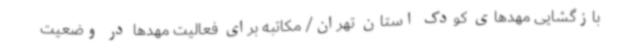
بازگشایی مهدهای کودک استان تهران/ مکاتبه برای فعالیت مهدها در وضعیت